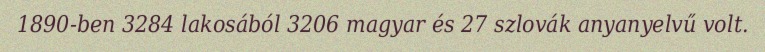
1890-ben 3284 lakosából 3206 magyar és 27 szlovák anyanyelvű volt.